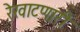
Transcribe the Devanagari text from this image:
रेखाटणारी